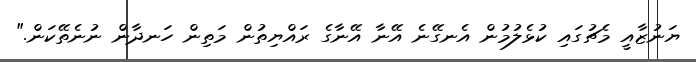
ޔަނުޒާއީ މެޗުގައި ކުޅެލުމުން އެނގޭނެ އޭނާ އޭނާގެ ރައްޔިތުން މަތިން ހަނދާން ނުނެތޭކަން."